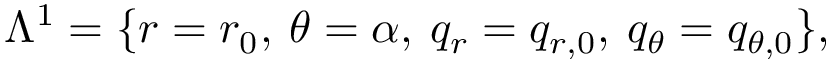
\begin{array} { r } { \Lambda ^ { 1 } = \{ r = r _ { 0 } , \: \theta = \alpha , \: q _ { r } = q _ { r , 0 } , \: q _ { \theta } = q _ { \theta , 0 } \} , } \end{array}